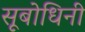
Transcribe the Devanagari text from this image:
सूबोधिनी